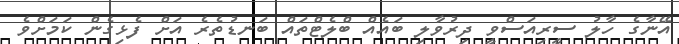
އޭނާގެ ހާލު ސީރިއަސްވީ ދިރުވާލި ބައެއް ބްލެޓްތައް ބަނޑުތެރެ އަށް ފެޅިގެން ކަމަށްވެ